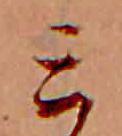
ミ